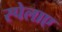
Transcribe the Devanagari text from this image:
स्पेलाए